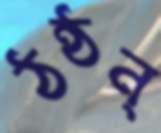
ঠন্‌ঠন্‌